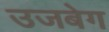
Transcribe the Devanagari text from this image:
उजबेग